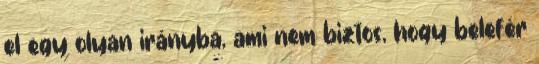
el egy olyan irányba, ami nem biztos, hogy belefér